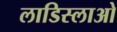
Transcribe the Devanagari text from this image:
लाडिस्लाओ